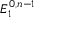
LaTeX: E _ { 1 } ^ { 0 , n - 1 }